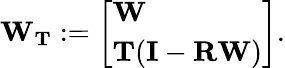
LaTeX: \mathbf{W}_{\mathbf{T}}:=\left[\begin{array}{l}{\mathbf{W}}\\ {\mathbf{T}(\mathbf{I}-\mathbf{R}\mathbf{W})}\end{array}\right].